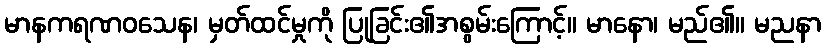
မာနကရဏဝသေန၊ မှတ်ထင်မှုကို ပြုခြင်း၏အစွမ်းကြောင့်။ မာနော၊ မည်၏။ မညနာ